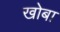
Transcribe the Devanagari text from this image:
खोबा